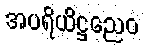
အပရိယိဋ္ဌညေဝ